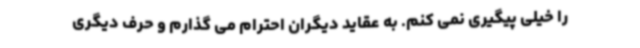
را خیلی پیگیری نمی کنم. به عقاید دیگران احترام می گذارم و حرف دیگری